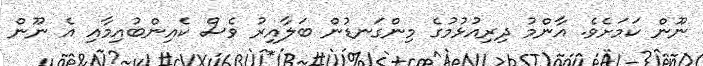
ނޫން ކަމަށެވެ. އާންމު ދިރިއުޅުމުގެ މިންގަނޑުން ބަލާއިރު ވެސް ކެއިންބުއިމާއި އެ ނޫން